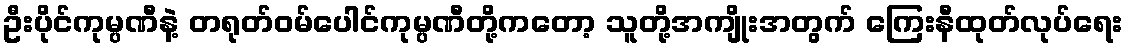
ဦးပိုင်ကုမ္ပဏီနဲ့ တရုတ်ဝမ်ပေါင်ကုမ္ပဏီတို့ကတော့ သူတို့အကျိုးအတွက် ကြေးနီထုတ်လုပ်ရေး